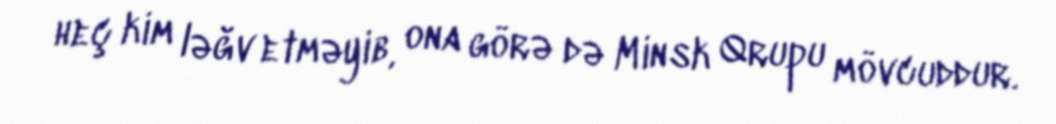
heç kim ləğv etməyib, ona görə də Minsk Qrupu mövcuddur.